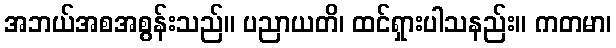
အဘယ်အစအစွန်းသည်။ ပညာယတိ၊ ထင်ရှားပါသနည်း။ ကတမာ၊